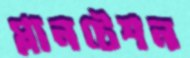
প্লানটেশন